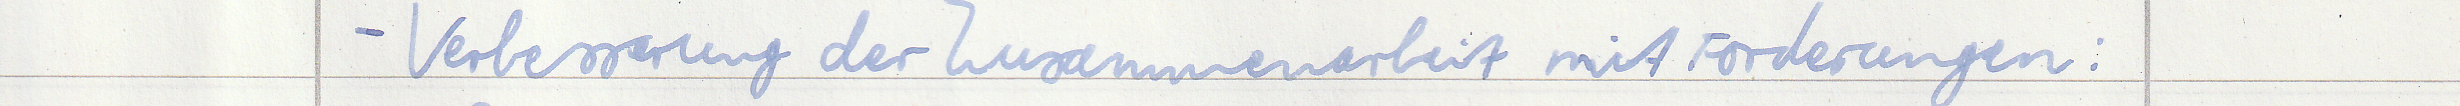
- Verbesserung der Zusammenarbeit mit Forderungen: